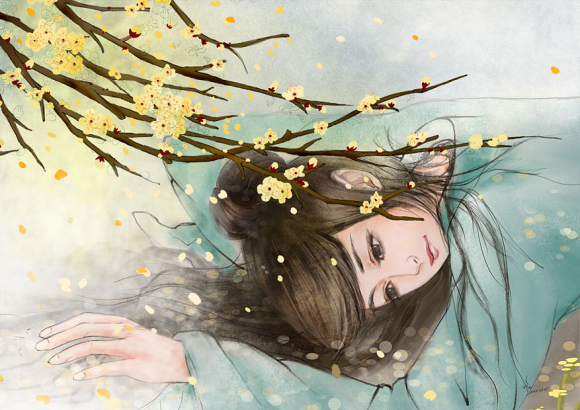
惜恐镜中春。不如花草新。